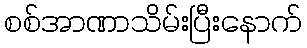
စစ်အာဏာသိမ်းပြီးနောက်